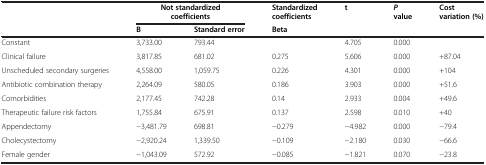
<table><thead><tr><td rowspan="2"><b> </b></td><td colspan="2"><b>Not standardized coefficients</b></td><td><b>Standardized coefficients</b></td><td rowspan="2"><b>t</b></td><td rowspan="2"><b><i>P </i>value</b></td><td rowspan="2"><b>Cost variation (%)</b></td></tr><tr><td><b>B</b></td><td><b>Standard error</b></td><td><b>Beta</b></td></tr></thead><tbody><tr><td>Constant</td><td>3,733.00</td><td>793.44</td><td> </td><td>4.705</td><td>0.000</td><td> </td></tr><tr><td>Clinical failure</td><td>3,817.85</td><td>681.02</td><td>0.275</td><td>5.606</td><td>0.000</td><td>+87.04</td></tr><tr><td>Unscheduled secondary surgeries</td><td>4,558.00</td><td>1,059.75</td><td>0.226</td><td>4.301</td><td>0.000</td><td>+104</td></tr><tr><td>Antibiotic combination therapy</td><td>2,264.09</td><td>580.05</td><td>0.186</td><td>3.903</td><td>0.000</td><td>+51.6</td></tr><tr><td>Comorbidities</td><td>2,177.45</td><td>742.28</td><td>0.14</td><td>2.933</td><td>0.004</td><td>+49.6</td></tr><tr><td>Therapeutic failure risk factors</td><td>1,755.84</td><td>675.91</td><td>0.137</td><td>2.598</td><td>0.010</td><td>+40</td></tr><tr><td>Appendectomy</td><td>−3,481.79</td><td>698.81</td><td>−0.279</td><td>−4.982</td><td>0.000</td><td>−79.4</td></tr><tr><td>Cholecystectomy</td><td>−2,920.24</td><td>1,339.50</td><td>−0.109</td><td>−2.180</td><td>0.030</td><td>−66.6</td></tr><tr><td>Female gender</td><td>−1,043.09</td><td>572.92</td><td>−0.085</td><td>−1.821</td><td>0.070</td><td>−23.8</td></tr></tbody></table>